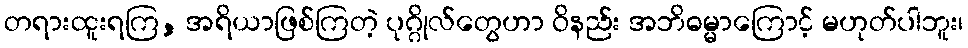
တရားထူးရကြ, အရိယာဖြစ်ကြတဲ့ ပုဂ္ဂိုလ်တွေဟာ ဝိနည်း အဘိဓမ္မာကြောင့် မဟုတ်ပါဘူး၊